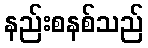
နည်းစနစ်သည်